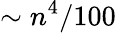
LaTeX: \sim n^{4}/100